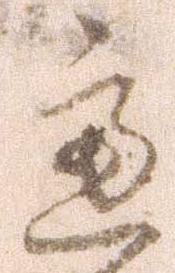
慮